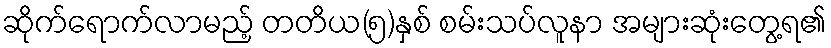
ဆိုက်ရောက်လာမည့် တတိယ(၅)နှစ် စမ်းသပ်လူနာ အများဆုံးတွေ့ရ၏